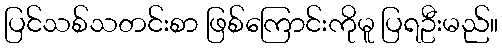
ပြင်သစ်သတင်းစာ ဖြစ်ကြောင်းကိုမူ ပြရဦးမည်။